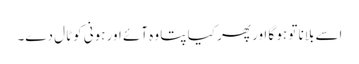
اسے بلانا تو ہو گا اور پھر کیا پتا وہ آئے اور ہونی کوٹال دے۔